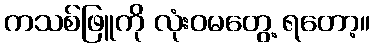
ကသစ်ဖြူကို လုံးဝမတွေ့ ရတော့။